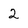
Character: 2